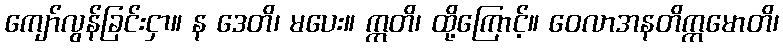
ကျော်လွန်ခြင်းငှာ။ န ဒေတိ၊ မပေး။ ဣတိ၊ ထို့ကြောင့်။ ဝေလာအနတိက္ကမောတိ၊